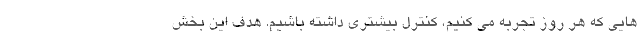
هایی که هر روز تجربه می کنیم، کنترل بیشتری داشته باشیم. هدف این بخش